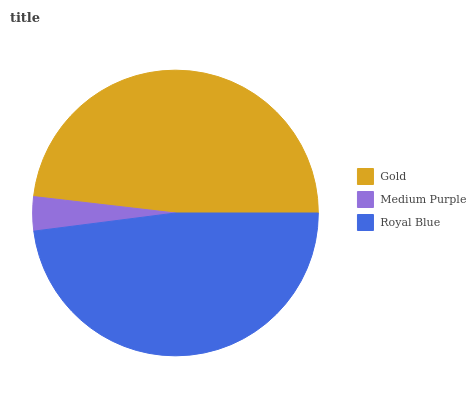
| Gold | Medium Purple | Royal Blue |
 | --- | --- | --- |
 | 48.2% | 3.85% | 47.9% |